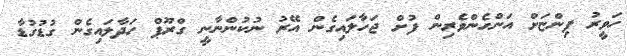
ހަވީރު ފިންޏަށް އަންހެންވެރިން ފުށް ޖަހާލައިގެން އޭރު ނުކުންނާނީ ގްރޫޕް ހަދާލައިގެން ގުޑުގުޑާ